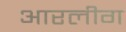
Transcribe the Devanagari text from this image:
आरलीग